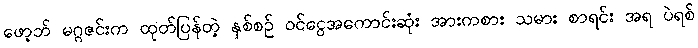
ဖော့ဘ် မဂ္ဂဇင်းက ထုတ်ပြန်တဲ့ နှစ်စဉ် ဝင်ငွေအကောင်းဆုံး အားကစား သမား စာရင်း အရ ပဲရစ်